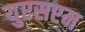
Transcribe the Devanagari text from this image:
युएसएम